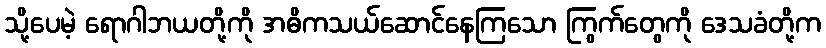
သို့ပေမဲ့ ရောဂါဘယတို့ကို အဓိကသယ်ဆောင်နေကြသော ကြွက်တွေကို ဒေသခံတို့က